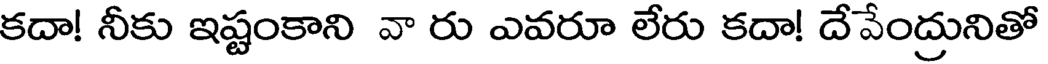
కదా! నీకు ఇష్టంకాని వా రు ఎవరూ లేరు కదా! దేవేంద్రునితో